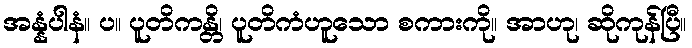
အန္နံပါနံ။ ပ။ ပူတိကန္တိ၊ ပူတိကံဟူသော စကားကို။ အာဟု၊ ဆိုကုန်ပြီ။